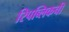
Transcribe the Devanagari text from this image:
रिपब्लिकची